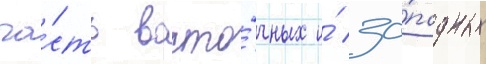
ча́сть восто́чных и́ за́падных